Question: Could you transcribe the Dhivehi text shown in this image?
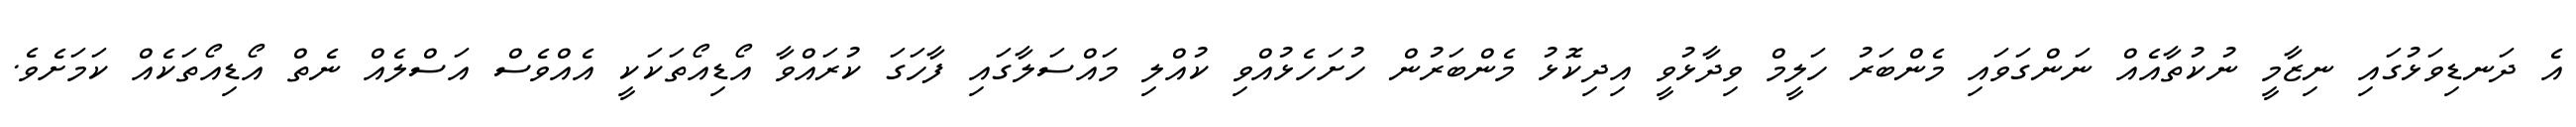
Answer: އެ ދަނޑިވަޅުގައި ނިޒާމީ ނުކުތާއެއް ނަންގަވައި މެންބަރު ހަލީމް ވިދާޅުވީ އިދިކޮޅު މެންބަރުން ހުށަހެޅުއްވި ކުއްލި މައްސަލާގައި ފާހަގަ ކުރައްވާ އޯޑިއޯތަކަކީ އެއްވެސް އަސްލެއް ނެތް އޯޑިއޯތަކެއް ކަމަށެވެ.